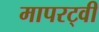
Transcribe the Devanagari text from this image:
मापरट्वी